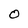
Character: 0